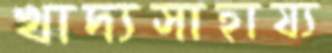
খাদ্যসাহায্য